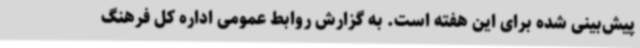
پیش‌بینی شده برای این هفته است. به گزارش روابط عمومی اداره کل فرهنگ